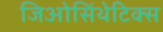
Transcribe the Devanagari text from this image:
जिओसिंथेटिक्स